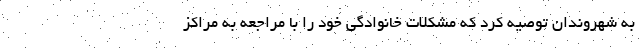
به شهروندان توصیه کرد که مشکلات خانوادگی خود را با مراجعه به مراکز